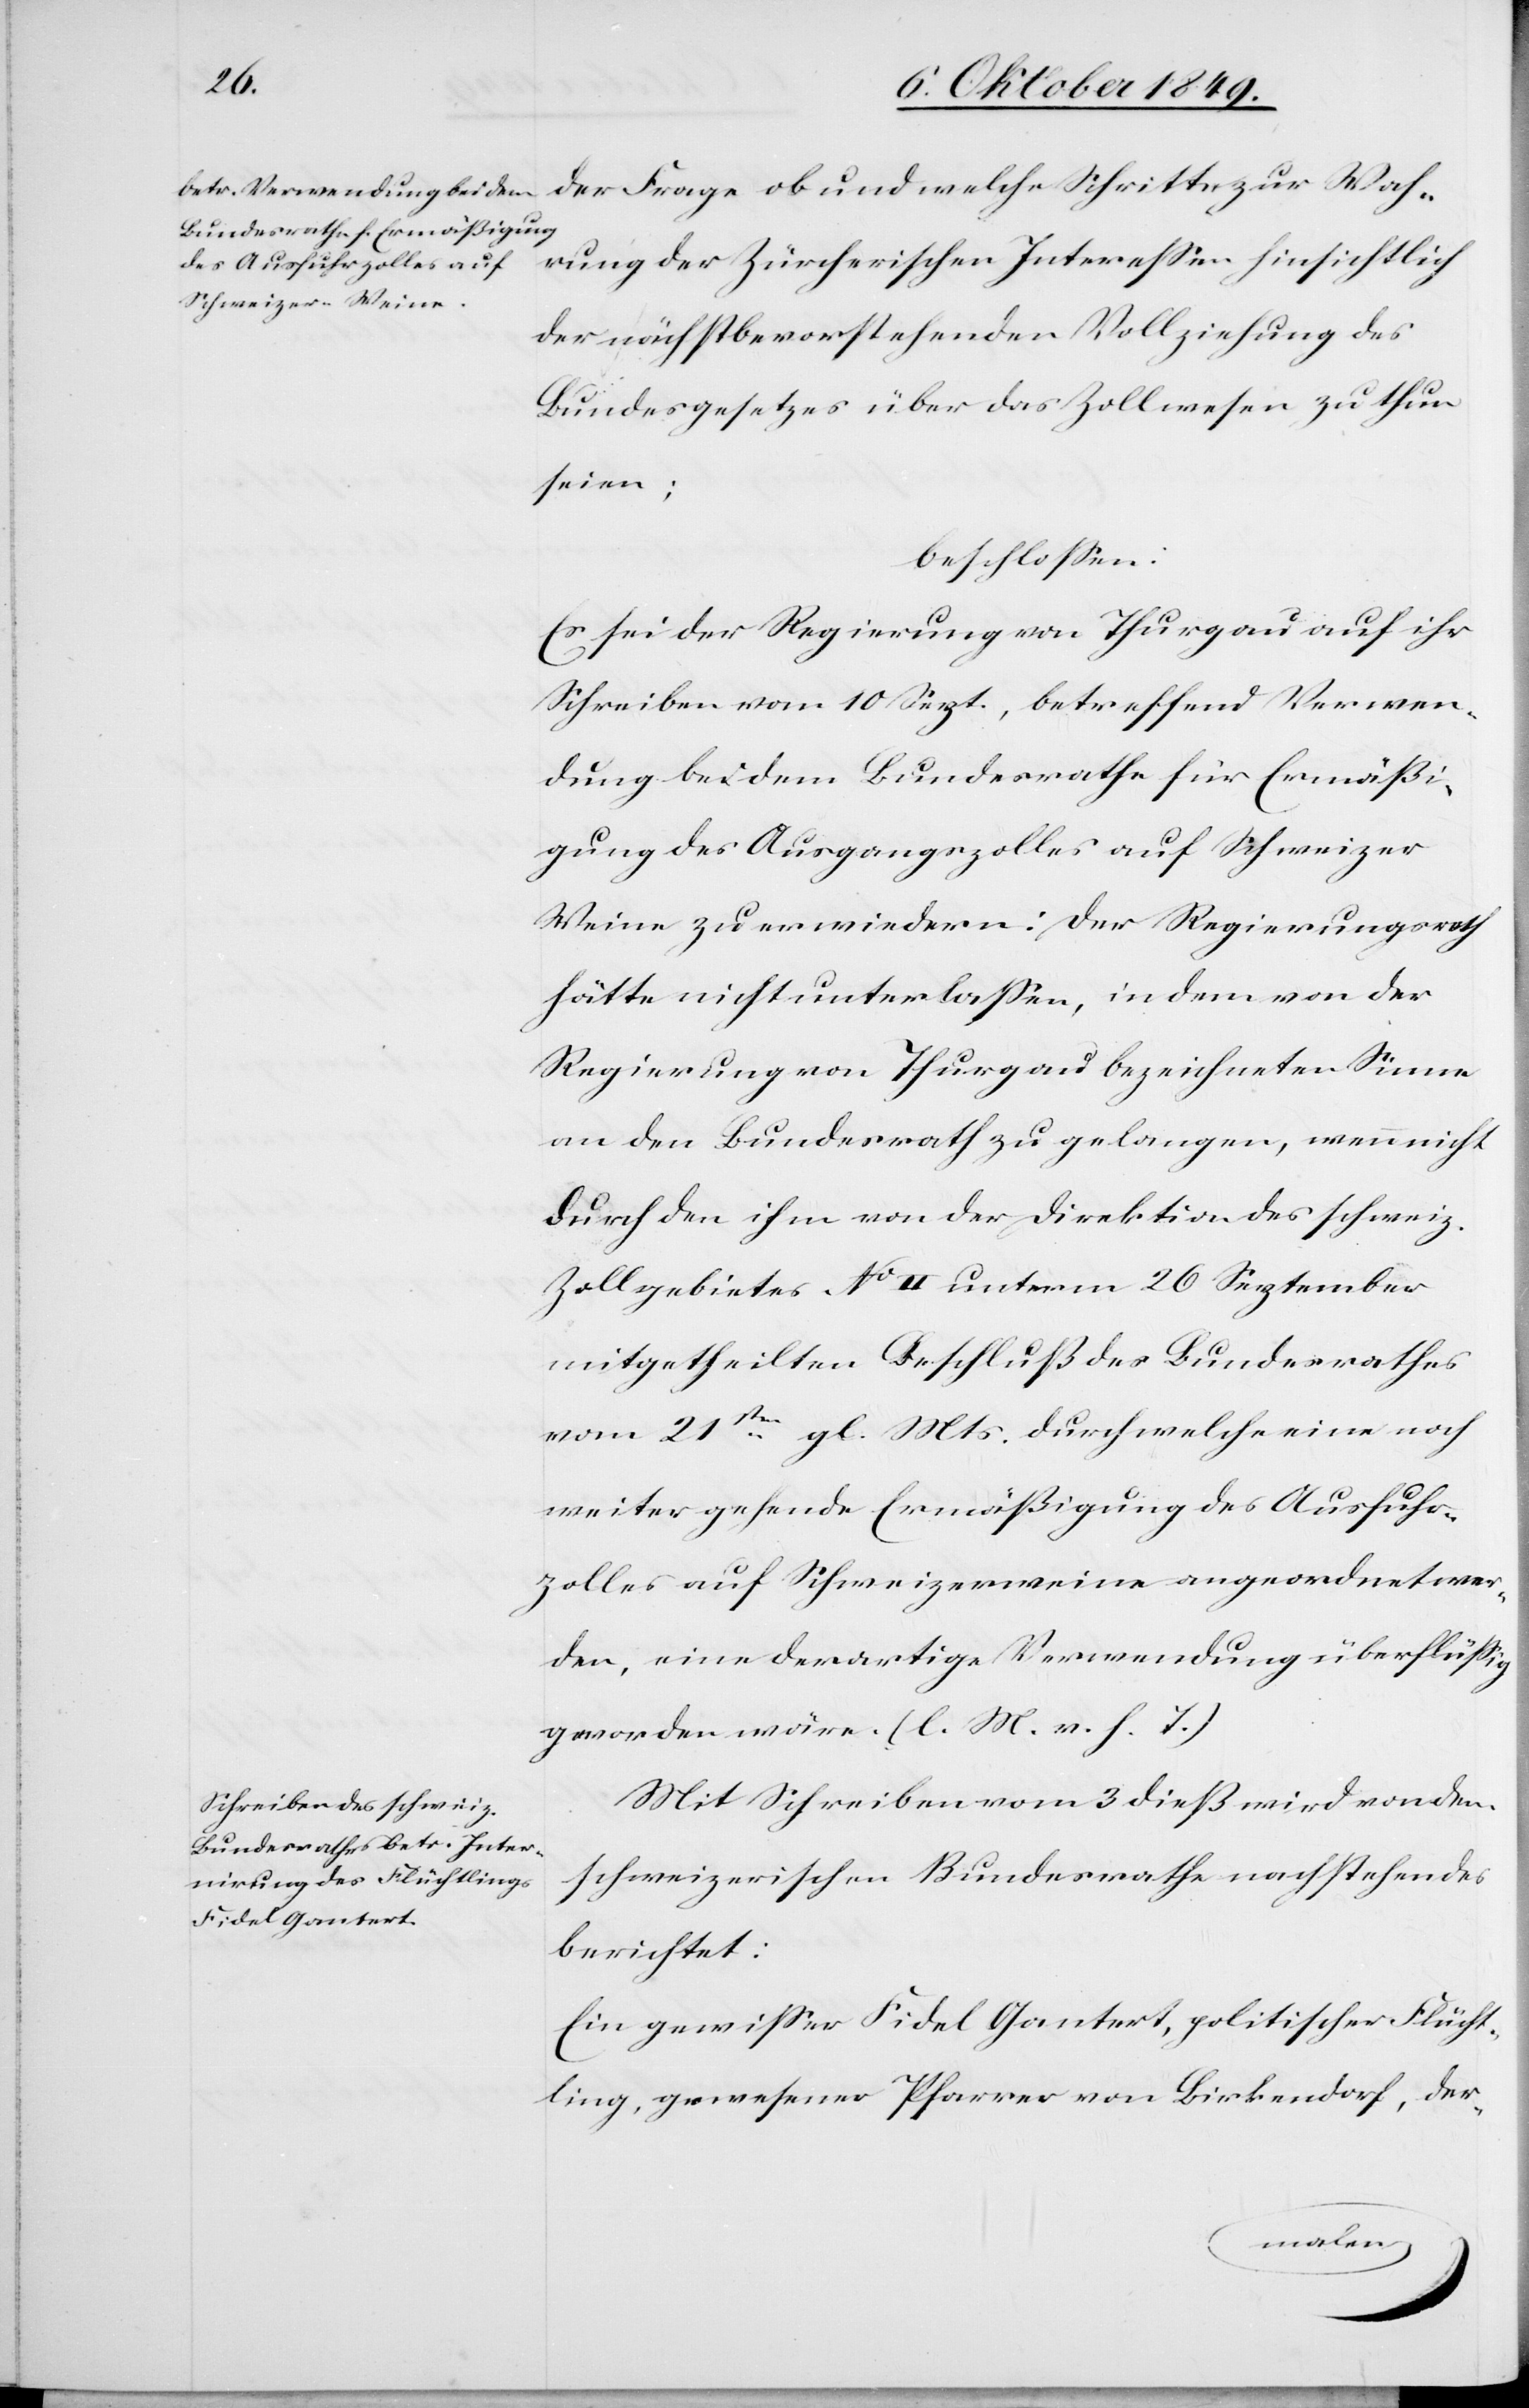
der Frage ob und welche Schritte zur Wah¬
rung der Zürcherischen Intereßen hinsichtlich
der nächstbestehenden Vollziehung des
Bundesgesetzes über das Zollwesen zu thun
seien;
beschloßen:
Es sei der Regierung von Thurgau auf ihr
Schreiben vom 10 Sept., betreffend Verwen¬
dung bei dem Bundesrathe für Ermäßi¬
gung des Ausganszolles auf Schweizer
Weine zu erwiedern: Der Regierungsrath
hätte nicht unterlaßen, in dem von der
Regierung von Thurgau bezeichneten Sinne
an den Bundesrath zu gelangen, wenn nicht
durch den ihr von der Direktion des schweiz.
Zollgebietes N° II unterm 26 September
mitgetheilten Beschluß des Bundesrathes
vom 21sten gl. Mts. durch welche eine noch
weiter gehende Ermäßigung des Ausfuhr¬
zolles auf Schweizerweine angeordnet wer¬
de, eine derartige Verwendung überflüßig
geworden wäre. [l. M. v. h. T]
Mit Schreiben vom 3 dieß wird von dem
schweizerischen Bundesrathe nachstehendes
berichtet:
Ein gewißer Fidel Gantert, politischer Flücht¬
ling, gewesener Pfarrer von Birkendorf, der-